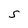
Character: S